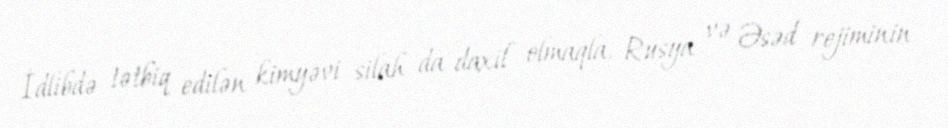
İdlibdə tətbiq edilən kimyəvi silah da daxil olmaqla, Rusya və Əsəd rejiminin